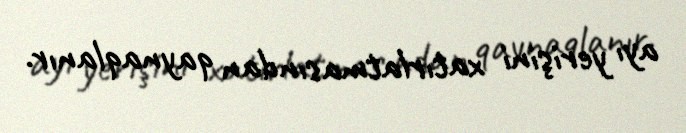
ayı yerişini xatırlatmasından qaynaqlanır.